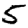
Digit: 5